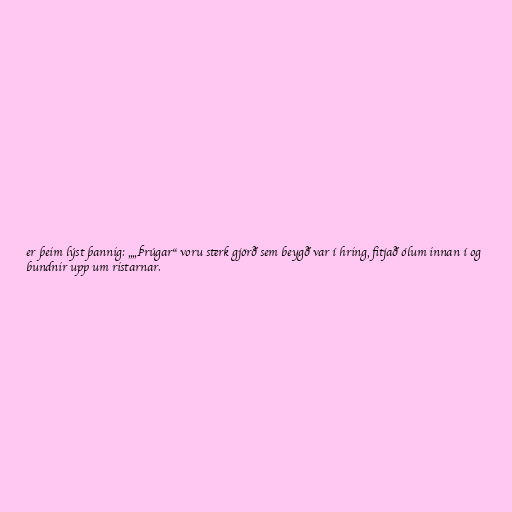
er þeim lýst þannig: „„Þrúgar“ voru sterk gjörð sem beygð var í hring, fitjað ólum innan í og
bundnir upp um ristarnar.